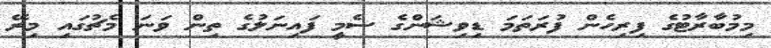
މިމުބާރާޓުގެ ފިިރިހެން ފުރަތަމަ ޑިވިޝަންގެ ސެމީ ފައިނަލުގެ ތިން ވަނަ މެޗުގައި މިރޭ